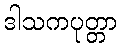
ဒါသကပုတ္တာ